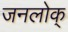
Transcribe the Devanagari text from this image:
जनलोक्